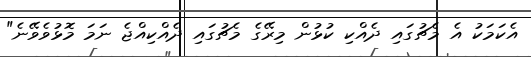
އެކަމަކު އެ މެޗުގައި ދެއްކި ކުޅުން މިރޭގެ މެޗުގައި ދެއްކިއްޖެ ނަމަ މޮޅުވެވޭނެ"